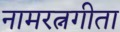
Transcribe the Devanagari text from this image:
नामरत्नगीता